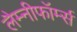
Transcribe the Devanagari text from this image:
लैम्नीफॉर्म्स